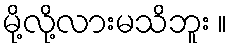
မို့လို့လားမသိဘူး ။